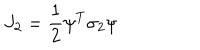
J _ { 2 } = { \frac { 1 } { 2 } } \psi ^ { T } \sigma _ { 2 } \psi